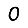
Digit: 0